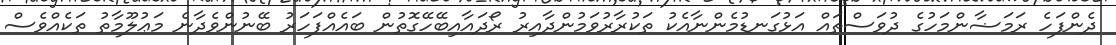
ދެންފަހެ ރަމަޟާންމަހުގެ ދުވަސްތައް އަޅުގަނޑުމެންނާއެކު ތަކުރާރުވަމުންދާއިރު ރޯދައާއިބޭހޭގޮތުން ބައެއްފަހަރު ބޭނުންވެދާނެ މަޢުލޫމާތު ތަކެއްވެސް